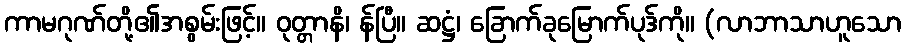
ကာမဂုဏ်တို့၏အစွမ်းဖြင့်။ ဝုတ္တာနိ၊ န်ပြီ။ ဆဋ္ဌံ၊ ခြောက်ခုမြောက်ပုဒ်ကို။ (လာဘာသာဟူသော